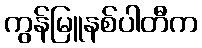
ကွန်မြူနစ်ပါတီက